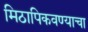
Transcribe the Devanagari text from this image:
मिठापिकवण्याचा